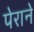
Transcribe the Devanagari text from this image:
पेराने